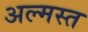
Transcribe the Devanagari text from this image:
अल्मस्त